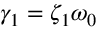
\gamma _ { 1 } = \zeta _ { 1 } \omega _ { 0 }